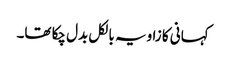
کہانی کا زاویہ بالکل بدل چکا تھا۔